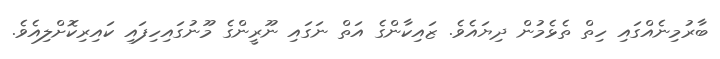
ބާރުމިނެއްގައި ހިތް ތެޅެމުން ދިޔައެވެ. ޒައިކާންގެ އަތް ނަގައި ނޫރީންގެ މޫނުގައިހިފައި ކައިރިކޮށްލިއެވެ.